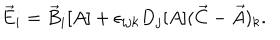
\vec { E } _ { i } = \vec { B } _ { i } [ A ] + \epsilon _ { i j k } D _ { j } [ A ] ( \vec { C } - \vec { A } ) _ { k } .